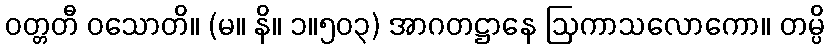
ဝတ္တတီ ဝသောတိ။ (မ။ နိ။ ၁။၅၀၃) အာဂတဋ္ဌာနေ ဩကာသလောကော။ တမ္ပိ